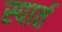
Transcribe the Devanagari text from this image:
स्पार्त